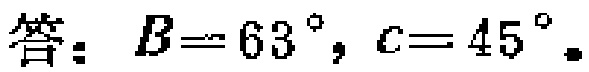
答：$B = 63^{\circ}, c = 45^{\circ}$.